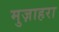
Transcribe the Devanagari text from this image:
मुज़ाहरा